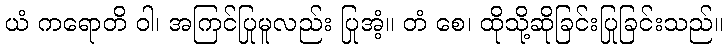
ယံ ကရောတိ ဝါ၊ အကြင်ပြုမူလည်း ပြုအံ့။ တံ စေ၊ ထိုသို့ဆိုခြင်းပြုခြင်းသည်။